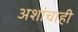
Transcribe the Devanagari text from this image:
अशांचाही